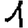
Digit: 1